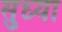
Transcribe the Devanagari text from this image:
सुध्या